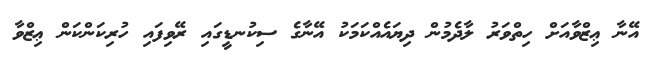
އޭނާ ޢިޒްވާއަށް ހިތްވަރު ލާދެމުން ދިޔައެއްކަމަކު އޭނާގެ ސިކުނޑީގައި ރޭވިފައި ހުރިކަންކަން ޢިޒްވާ